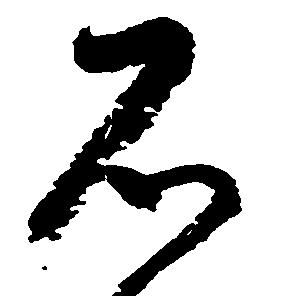
石